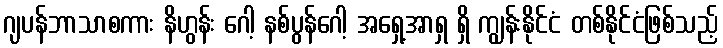
ဂျပန်ဘာသာစကား နိဟွန်း ဂေါ့ နစ်ပွန်ဂေါ့ အရှေ့အာရှ ရှိ ကျွန်းနိုင်ငံ တစ်နိုင်ငံဖြစ်သည့်